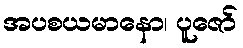
အပစယမာနော၊ ပူဇော်